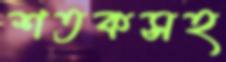
শতকসহ